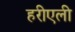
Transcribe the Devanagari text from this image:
हरीएली